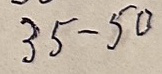
35 - 50